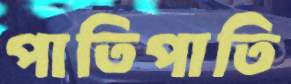
পাতিপাতি